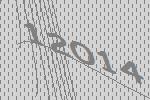
12014